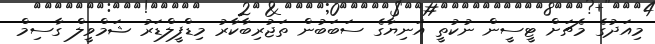
މިއަދުގެ މެޗަށް ޓީސީން ނުކުތީ އަނިޔާގެ ސަބަބުން ތަޖުރިބާކާރު މިޑްފީލްޑަރު ޝަމްވީލް ގާސިމް